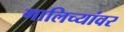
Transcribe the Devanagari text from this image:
गालिच्यांवर